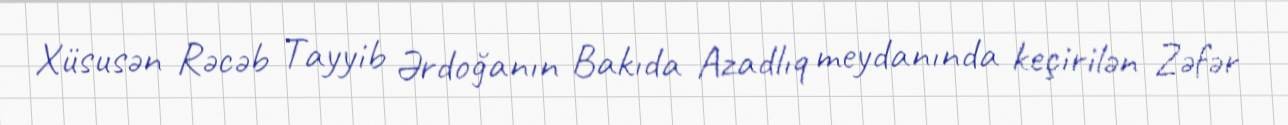
Xüsusən Rəcəb Tayyib Ərdoğanın Bakıda Azadlıq meydanında keçirilən Zəfər